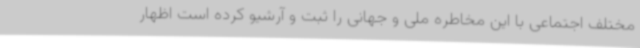
مختلف اجتماعی با این مخاطره‌ ملی و جهانی را ثبت و آرشیو کرده است اظهار